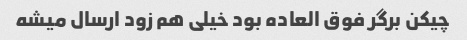
چیکن برگر فوق العاده بود خیلی هم زود ارسال میشه